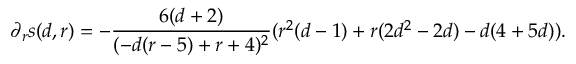
\partial _ { r } s ( d , r ) = - \frac { 6 ( d + 2 ) } { ( - d ( r - 5 ) + r + 4 ) ^ { 2 } } ( r ^ { 2 } ( d - 1 ) + r ( 2 d ^ { 2 } - 2 d ) - d ( 4 + 5 d ) ) .